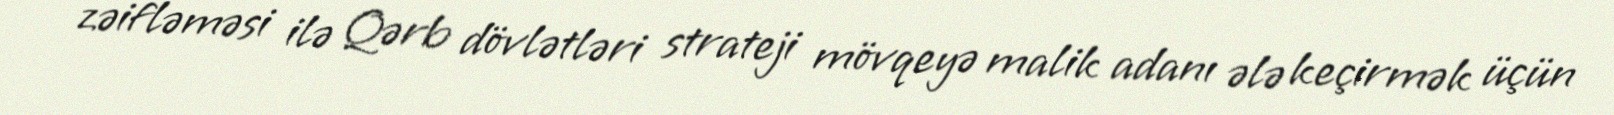
zəifləməsi ilə Qərb dövlətləri strateji mövqeyə malik adanı ələ keçirmək üçün